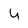
Character: U